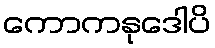
ကောကနုဒေါပိ